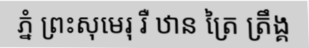
ភ្នំ ព្រះសុមេរុ រឺ ឋាន ត្រៃ ត្រឹង្គ